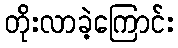
တိုးလာခဲ့ကြောင်း